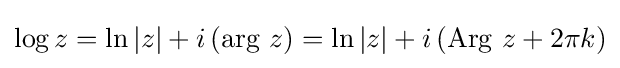
\log {z}=\ln {|z|}+i\left(\mathrm {arg} \ z\right)=\ln {|z|}+i\left(\mathrm {Arg} \ z+2\pi k\right)